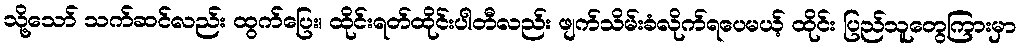
သို့သော် သက်ဆင်လည်း ထွက်ပြေး၊ ထိုင်းရတ်ထိုင်းပါတီလည်း ဖျက်သိမ်းခံလိုက်ရပေမယ့် ထိုင်း ပြည်သူတွေကြားမှာ